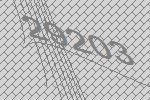
29203